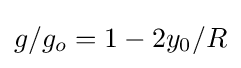
{\textstyle g/g_{o}=1-2y_{0}/R}